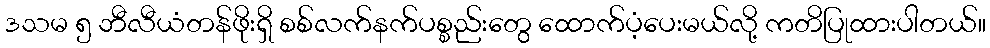
ဒသမ ၅ ဘီလီယံတန်ဖိုးရှိ စစ်လက်နက်ပစ္စည်းတွေ ထောက်ပံ့ပေးမယ်လို့ ကတိပြုထားပါတယ်။